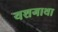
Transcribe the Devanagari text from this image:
यशगाथा